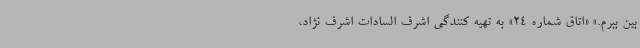
بین ببرم.» «اتاق شماره 24» به تهیه کنندگی اشرف السادات اشرف نژاد،